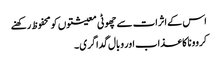
اس کے اثرات سے چھوٹی معیشتوں کو محفوظ رکھنے
کروونا کا عذاب اور وبال گداگری ۔